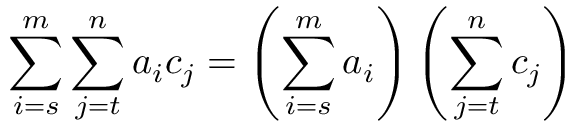
\sum _ { i = s } ^ { m } \sum _ { j = t } ^ { n } { a _ { i } } { c _ { j } } = \left( \sum _ { i = s } ^ { m } a _ { i } \right) \left( \sum _ { j = t } ^ { n } c _ { j } \right) \quad